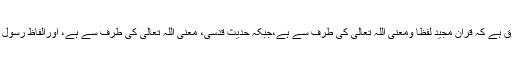
حدیثِ قدسی کا قرآن مجید سے یہی فرق ہے کہ قرآن مجید لفظاً ومعنیً اللہ تعالیٰ کی طرف سے ہے،جبکہ حدیثِ قدسی، معنیً اللہ تعالیٰ کی طرف سے ہے، اورالفاظ رسول اللہ صلی اللہ علیہ وسلم کے ہوتے ہیں۔